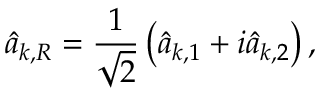
{ \hat { a } } _ { { \boldsymbol { k } } , R } = { \frac { 1 } { \sqrt { 2 } } } \left( { \hat { a } } _ { { \boldsymbol { k } } , 1 } + i { \hat { a } } _ { { \boldsymbol { k } } , 2 } \right) ,